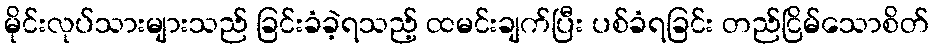
မိုင်းလုပ်သားများသည် ခြင်းခံခဲ့ရသည့် ထမင်းချက်ပြီး ပစ်ခံရခြင်း တည်ငြိမ်သောစိတ်